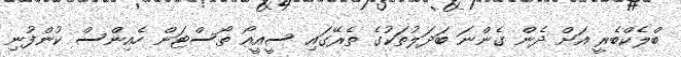
ބްލެކްބެރީ އަށް ދެން ގެންނަ ބަދަލުތަކުގެ ތެރޭގައި ސީއީއޯ ތޯސްޓަން ހެއިންސް ކުންފުނި